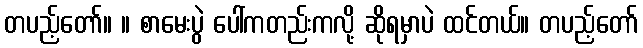
တပည့်တော်။ ။ စာမေးပွဲ ပေါ်ကတည်းကလို့ ဆိုရမှာပဲ ထင်တယ်။ တပည့်တော်